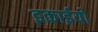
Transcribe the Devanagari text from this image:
इकाईयो